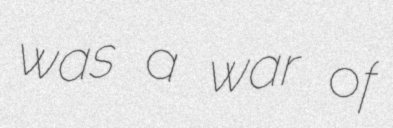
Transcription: was a war of